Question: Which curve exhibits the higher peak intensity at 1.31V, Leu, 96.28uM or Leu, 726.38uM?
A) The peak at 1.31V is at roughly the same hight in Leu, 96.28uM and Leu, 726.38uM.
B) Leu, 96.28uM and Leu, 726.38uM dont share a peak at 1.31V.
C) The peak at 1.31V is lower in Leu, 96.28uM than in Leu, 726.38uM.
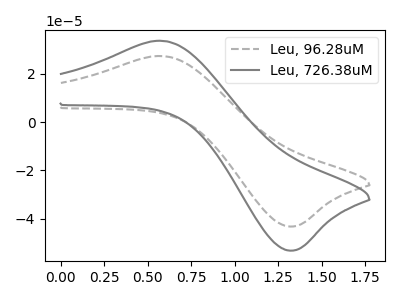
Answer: <think>The gray dashed curve "Leu, 96.28uM" has an anodic peak at (0.60V, 27.30uA) and a cathodic peak at (1.30V, -43.25uA). The gray curve "Leu, 726.38uM" has an anodic peak at (0.60V, 33.60uA) and a cathodic peak at (1.30V, -53.25uA).</think>
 <answer>C) The peak at 1.31V is lower in "Leu, 96.28uM" than in "Leu, 726.38uM".</answer>
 <eval>C</eval>